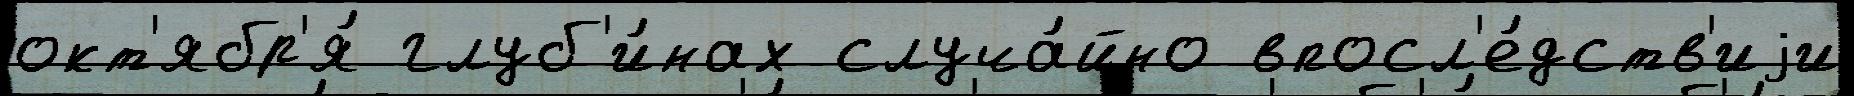
окт'ябр'я́ глуб'и́нах случа́йно впосл'е́дств'иjи